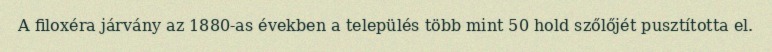
A filoxéra járvány az 1880-as években a település több mint 50 hold szőlőjét pusztította el.